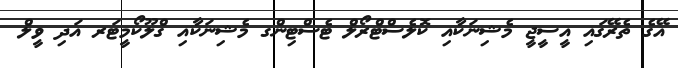
އޭގެ ތެރޭގައި އީސީޖީ މެޝިނަކާއި ކޮލެސްޓްރޯލް ޓެސްޓިންގ މެޝިނަކާއި ގްލޫކޯމީޓަރ އަދި ވީލް